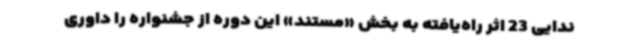
ندایی 23 اثر راه‌یافته به بخش «مستند» این دوره از جشنواره را داوری